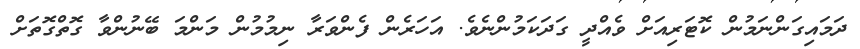
ދަމައިގަންނަމުން ކޮޓަރިއަށް ވެއްދީ ގަދަކަމުންނެވެ. އަހަރެން ފެންވަރާ ނިމުމުން މަންމަ ބޭނުންވާ ގޮތްގޮތަށް